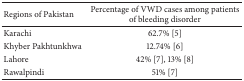
<table><thead><tr><td><b>Regions of Pakistan</b></td><td><b>Percentage of VWD cases among patients of bleeding disorder</b></td></tr></thead><tbody><tr><td>Karachi</td><td>62.7% [5]</td></tr><tr><td>Khyber Pakhtunkhwa</td><td>12.74% [6]</td></tr><tr><td>Lahore</td><td>42% [7], 13% [8]</td></tr><tr><td>Rawalpindi</td><td>51% [7]</td></tr></tbody></table>